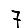
Digit: 7